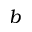
b